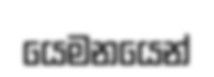
යෙමනයෙන්